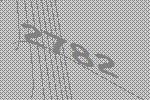
2782